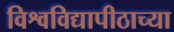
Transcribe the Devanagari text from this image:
विश्वविद्यापीठाच्या